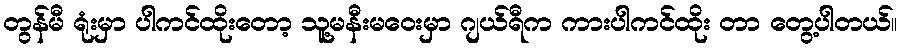
တွန်မီ ရုံးမှာ ပါကင်ထိုးတော့ သူ့မနီးမဝေးမှာ ဂျယ်ရီက ကားပါကင်ထိုး တာ တွေ့ပါတယ်။